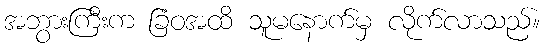
အဘွားကြီးက ခြံဝအထိ သူမနောက်မှ လိုက်လာသည်။